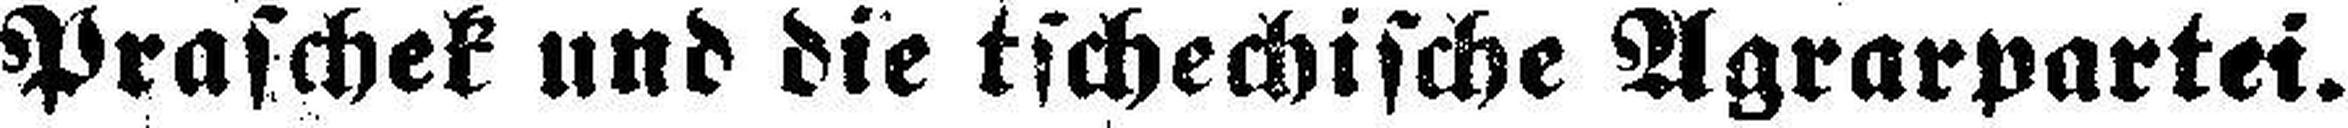
Praschek und die tschechische Agrarpartei.